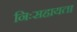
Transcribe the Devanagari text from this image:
निःसहायता